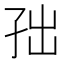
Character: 𱙹